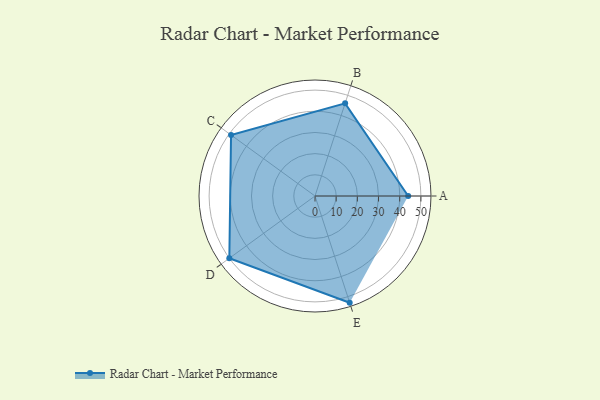
{"axis": {"x": "Skill", "y": "Score"}, "legend": ["Profile"], "data": [{"x": "A", "y": 44.0, "type": "Profile"}, {"x": "B", "y": 46.0, "type": "Profile"}, {"x": "C", "y": 49.0, "type": "Profile"}, {"x": "D", "y": 50.0, "type": "Profile"}, {"x": "E", "y": 53.0, "type": "Profile"}]}